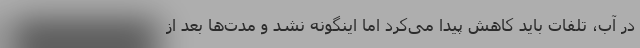
در آب، تلفات باید کاهش پیدا می‌کرد اما اینگونه نشد و مدت‌ها بعد از